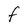
Character: F